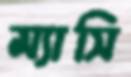
ম্যাসি